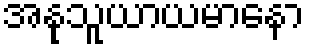
အနုသူယာယမာနော